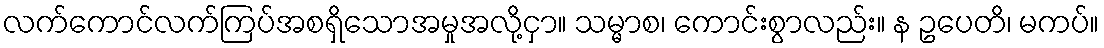
လက်ကောင်လက်ကြပ်အစရှိသောအမှုအလို့ငှာ။ သမ္မာစ၊ ကောင်းစွာလည်း။ န ဥပေတိ၊ မကပ်။